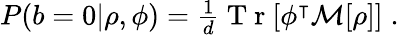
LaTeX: \begin{array}{r}{P(b=0|\rho,\phi)=\frac{1}{d}\mathrm{~T~r~}[\phi^{\intercal}\mathcal{M}[\rho]]\; .}\end{array}